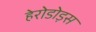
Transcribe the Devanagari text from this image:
हेरोडोड़स